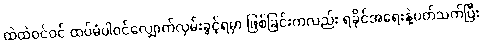
ထဲထဲဝင်ဝင် ထပ်မံပါဝင်လျှောက်လှမ်းခွင့်ရမှာ ဖြစ်ခြင်းကလည်း ရခိုင်အရေးနဲ့ပတ်သက်ပြီး